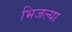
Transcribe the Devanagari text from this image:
भिजल्या